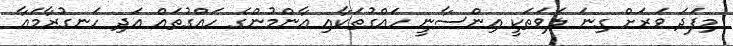
މިފަދަ ވަރަށް ގިނަ ލަވަތަކީ އިންސާނީ ހައްގުތަކާއި އާންމުންގެ ހައްގުތައް އަދި ހަނގުރާމައާ